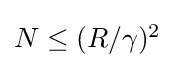
{\textstyle N\leq (R/\gamma )^{2}}